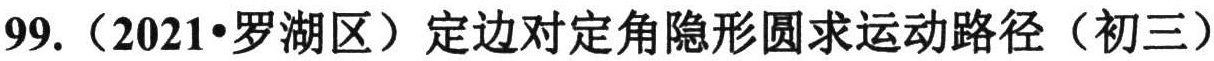
99.（2021•罗湖区）定边对定角隐形圆求运动路径（初三）